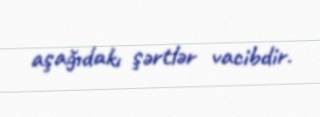
aşağıdakı şərtlər vacibdir.